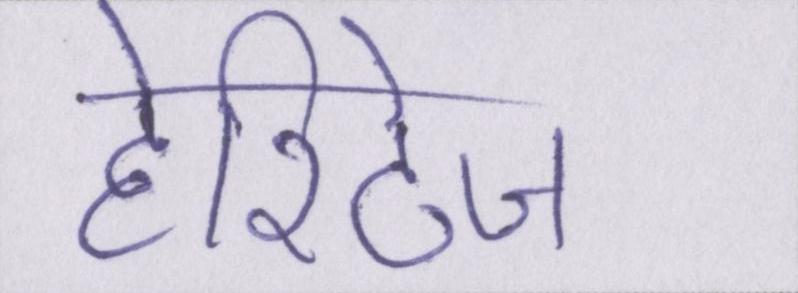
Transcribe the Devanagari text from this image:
हेरिटेज